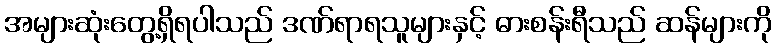
အများဆုံးတွေ့ရှိရပါသည် ဒဏ်ရာရသူများနှင့် ဓားစန်းရီသည် ဆန်များကို